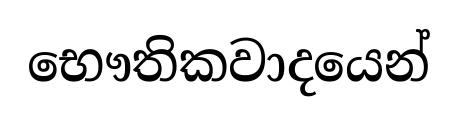
භෞතිකවාදයෙන්